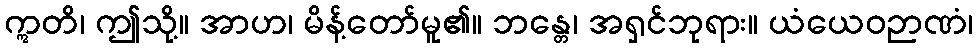
ဣတိ၊ ဤသို့။ အာဟ၊ မိန့်တော်မူ၏။ ဘန္တေ၊ အရှင်ဘုရား။ ယံယေဝဉာဏံ၊